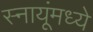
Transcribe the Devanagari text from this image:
स्नायूंमध्ये